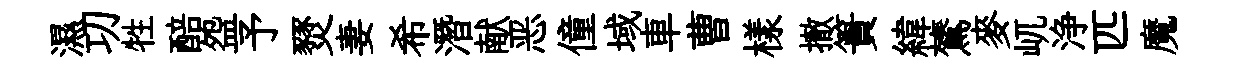
濕㓛牲醅盌予燹妻希潛献恶僮域車曹樣撤簣緯鷟麥屼浄匹魔